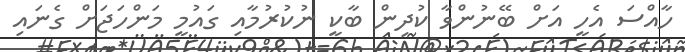
ހާއްސަ އެހީ އަށް ބޭނުންވާ ކުދިން ބާކީ ނުކުރުމާއި ގައުމީ މަންހަޖަށް ގެނައި